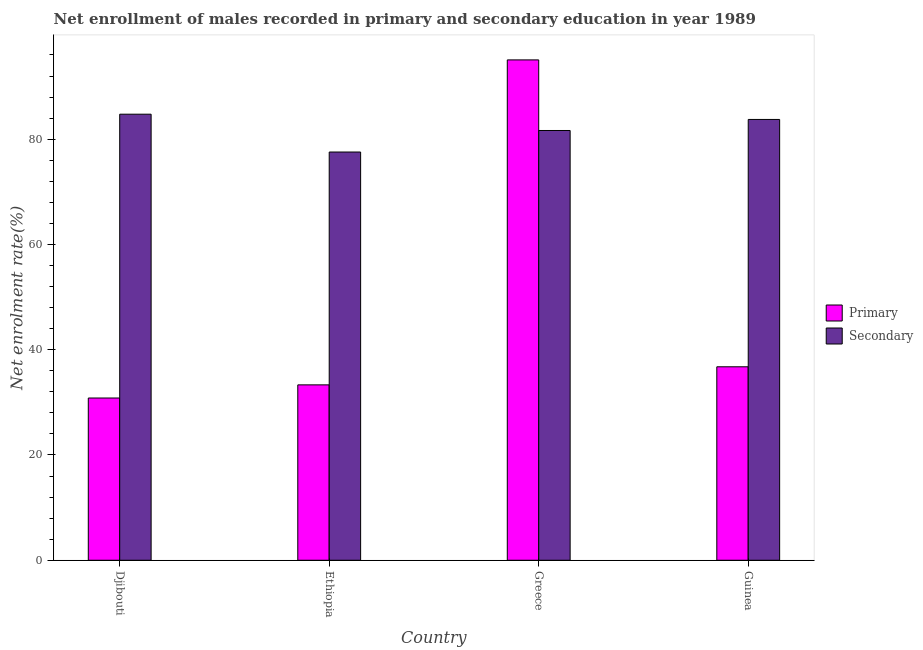
| Country | Primary | Secondary |
 | --- | --- | --- |
 | Djibouti | 30.8 | 84.7 |
 | Ethiopia | 33.3 | 77.6 |
 | Greece | 95.1 | 81.6 |
 | Guinea | 36.8 | 83.7 |